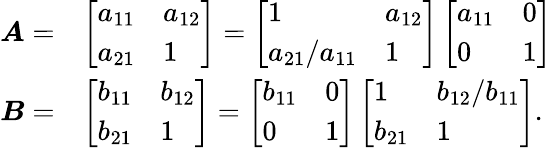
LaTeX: \begin{array}{rl}{\boldsymbol{A}=}&{\left[\begin{array}{ll}{a_{11}}&{a_{12}}\\ {a_{21}}&{1}\end{array}\right]=\left[\begin{array}{ll}{1}&{a_{12}}\\ {a_{21}/a_{11}}&{1}\end{array}\right]\left[\begin{array}{ll}{a_{11}}&{0}\\ {0}&{1}\end{array}\right]}\\ {\boldsymbol{B}=}&{\left[\begin{array}{ll}{b_{11}}&{b_{12}}\\ {b_{21}}&{1}\end{array}\right]=\left[\begin{array}{ll}{b_{11}}&{0}\\ {0}&{1}\end{array}\right]\left[\begin{array}{ll}{1}&{b_{12}/b_{11}}\\ {b_{21}}&{1}\end{array}\right].}\end{array}